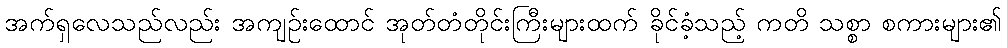
အက်ရှလေသည်လည်း အကျဉ်းထောင် အုတ်တံတိုင်းကြီးများထက် ခိုင်ခံ့သည့် ကတိ သစ္စာ စကားများ၏